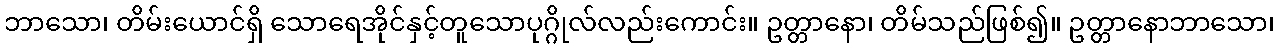
ဘာသော၊ တိမ်းယောင်ရှိ သောရေအိုင်နှင့်တူသောပုဂ္ဂိုလ်လည်းကောင်း။ ဥတ္တာနော၊ တိမ်သည်ဖြစ်၍။ ဥတ္တာနောဘာသော၊